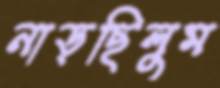
নাড়ছিলুম